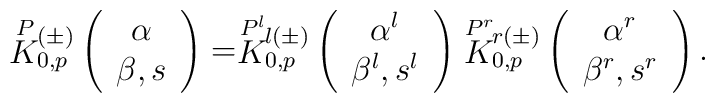
\stackrel{P}{K}{}\!\!_{0,p}^{(\pm)}\left(\begin{array}{c} \alpha \\ \beta,s \end{array} \right)=\stackrel{P^l}{K}{}\!\!_{0,p}^{l(\pm)}\left(\begin{array}{c} \alpha^l\\ \beta^l ,s^l \end{array} \right)\stackrel{P^r}{K}{}\!\!_{0,p}^{r(\pm)}\left(\begin{array}{c} \alpha^r \\ \beta^r ,s^r \end{array} \right).